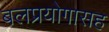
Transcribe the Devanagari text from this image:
बलप्रयोगासह